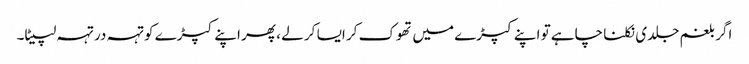
اگر بلغم جلدی نکلنا چاہے تو اپنے کپڑے میں تھوک کر ایسا کر لے ، پھر اپنے کپڑے کو تہہ در تہہ لپیٹا۔